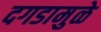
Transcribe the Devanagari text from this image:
दगडामुळे